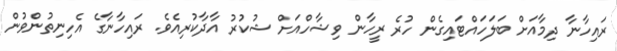
ރައިހާނާ ދިމާއަށް ބަލަހައްޓައިގެން ހުރެ ރީހާން ވިޝާހްއަށް ޝުކުރު އާދާކުރިއެވެ. ރައިހާނާގެ އެހިނިތުންވުން